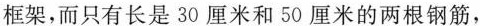
框架，而只有长是30厘米和50厘米的两根钢筋，